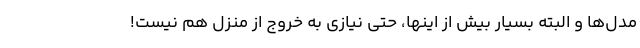
مدل‌ها و البته بسیار بیش از اینها، حتی نیازی به خروج از منزل هم نیست!